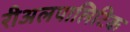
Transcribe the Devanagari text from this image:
रीअलपालिटिक